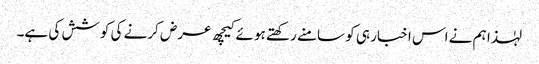
لہٰذا ہم نے اس اخبار ہی کو سامنے رکھتے ہو ئے کیچھ عرض کرنے کی کوشش کی ہے۔